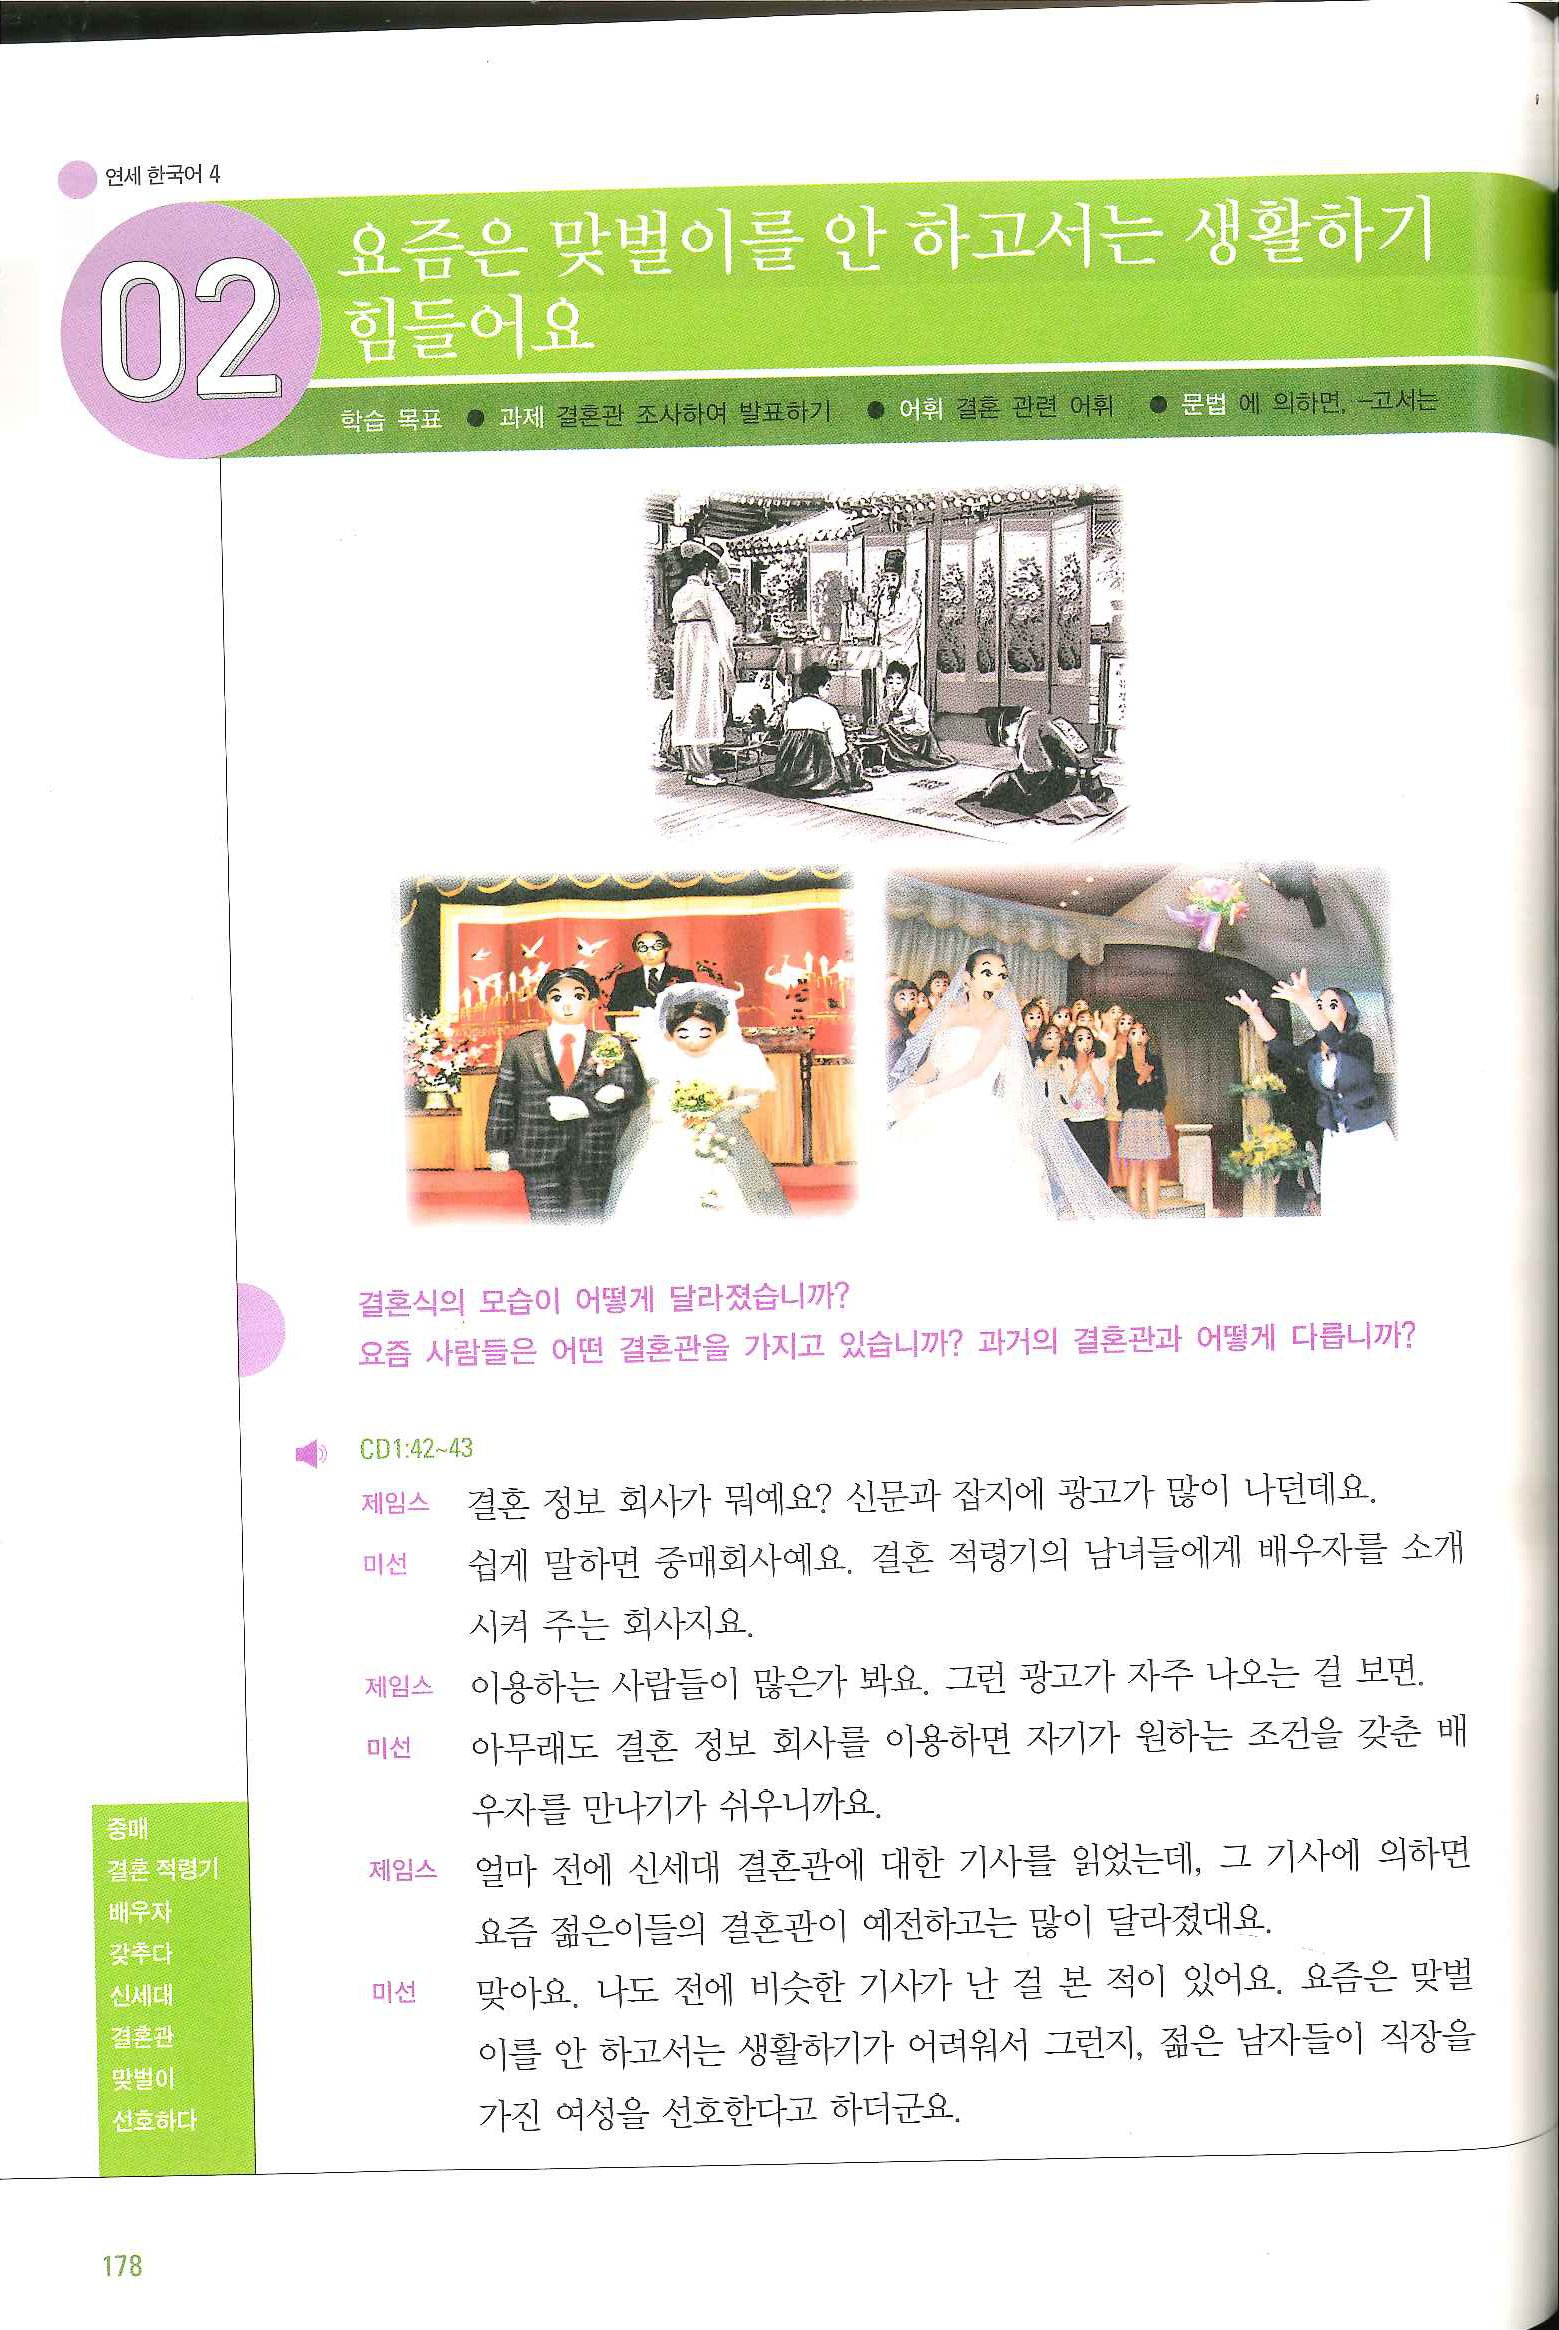
Language: ko